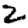
Digit: 2